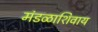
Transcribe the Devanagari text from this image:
मंडळाशिवाय